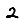
Digit: 2